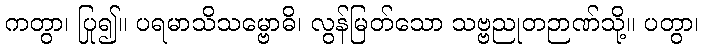
ကတွာ၊ ပြု၍။ ပရမာသိသမ္ဗောဓိ၊ လွန်မြတ်သော သဗ္ဗညုတဉာဏ်သို့။ ပတွာ၊